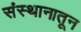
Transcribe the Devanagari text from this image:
संस्थानातून